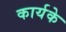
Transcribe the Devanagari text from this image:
कार्यके